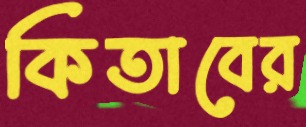
কিতাবের